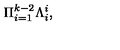
\Pi _ { i = 1 } ^ { k - 2 } \Lambda _ { i } ^ { i } ,